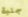
جلبة